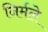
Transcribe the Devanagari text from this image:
निर्मले